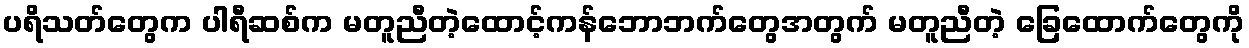
ပရိသတ်တွေက ပါရီဆစ်က မတူညီတဲ့ထောင့်ကန်ဘောဘက်တွေအတွက် မတူညီတဲ့ ခြေထောက်တွေကို